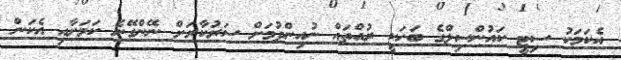
އެކަމަކު ސިޓީ ކައުންސިލްގެ ބަހަކީ ރުއްތައް ނުއިންދުމަށް ސަރުކާރަށް ނޭންގޭނެ ކަމަށާއި އެކަން